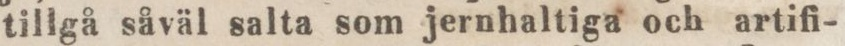
tillgå såväl salta som jernhaltiga och artifi-